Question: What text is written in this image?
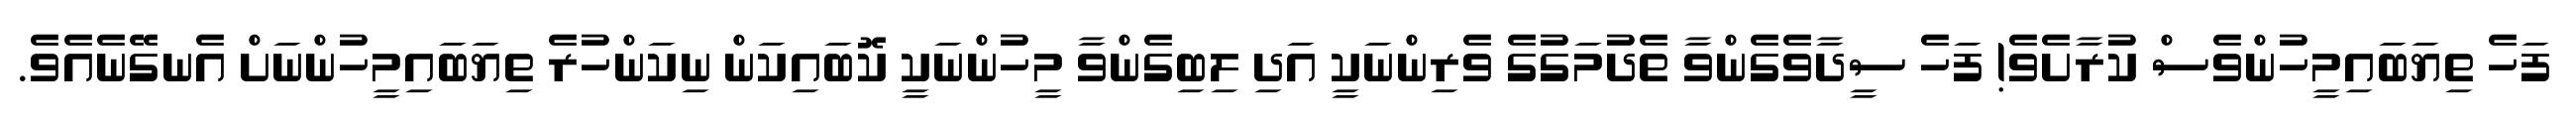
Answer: ފަހެ ތިޔަބައިމީހުންވެސް ކުރާށެވެ! ފަހެ ސީދާވެގެންވާ ތެދުމަގުގެ ވެރިންނަކީ އަދި ލިބިގެންވާ މީހުންނަކީ ކޮބައިކަން ނިކަންހުރެ ތިޔަބައިމީހުންނަށް އެނގޭނެއެވެ.